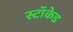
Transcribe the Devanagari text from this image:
स्टॉकेड